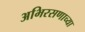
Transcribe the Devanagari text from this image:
अभिरसणाच्या